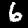
Digit: 6